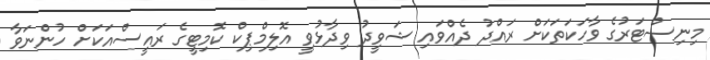
މިނިސްޓަރުގެ ވާހަކަތަކަށް ރައްދު ދެއްވައި ޝަވީދު ވިދާޅުވީ އޮލިމްޕިކް ކޮމިޓީގެ ރައީސްއަކަށް ހުންނަވާ